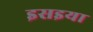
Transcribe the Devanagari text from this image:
इसइया